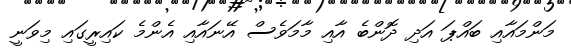
މަންމައާއި ބައްޕަ އަދި ދޮންބެ އާއި މާމަވެސް އޭނައާއި އެންމެ ކައިރީގައި މިވަނީ